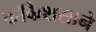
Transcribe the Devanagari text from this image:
कॉकेशसाने